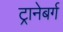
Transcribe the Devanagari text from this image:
ट्रानेबर्ग